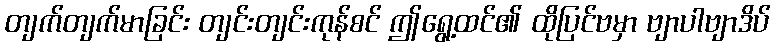
တျက်တျက်မာခြင်း တျင်းတျင်းကုန်စင် ဤရွေ့ထင်၏ ထိုပြင်ဗမှာ ဗျာပါဗျာဒိပ်